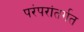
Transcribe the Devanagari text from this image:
परंपरांतर्गत